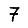
Digit: 7